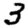
Digit: 3